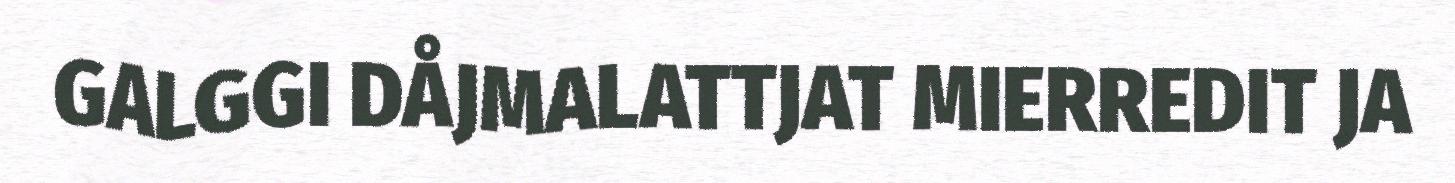
GALGGI DÅJMALATTJAT MIERREDIT JA